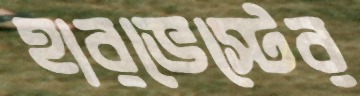
হারভেস্টের